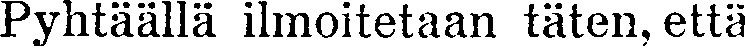
Pyhtäällä ilmoitetaan täten, että